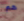
هم